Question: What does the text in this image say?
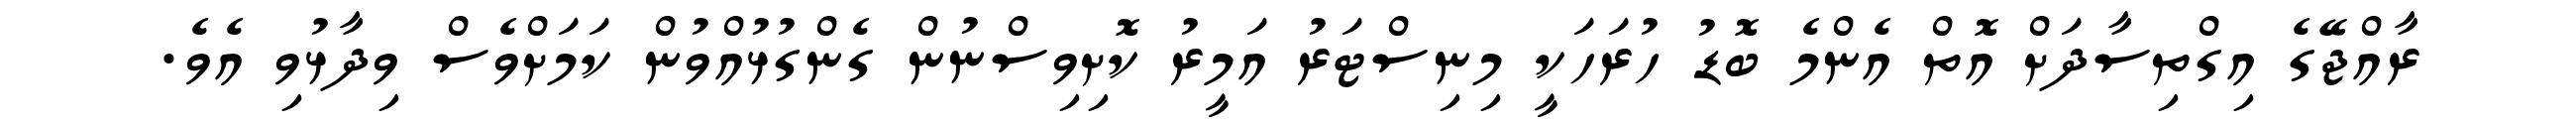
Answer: ރާއްޖޭގެ އިގްތިސާދަށް އޮތް އެންމެ ބޮޑު ހުރަހަކީ މިނިސްޓަރު އަމީރު ކޮށިވިސްނުން ގެންގުޅުއްވުން ކަމަށްވެސް ވިދާޅުވި އެވެ.